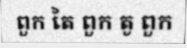
ពួក តៃ ពួក តូ ពួក